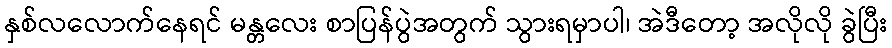
နှစ်လလောက်နေရင် မန္တလေး စာပြန်ပွဲအတွက် သွားရမှာပါ၊ အဲဒီတော့ အလိုလို ခွဲပြီး